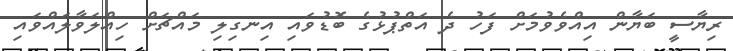
ރިޔާސީ ބަޔާން އިއްވެވުމަށް ފަހު ދެ އަތްޕުޅުގެ ބޮޑުވައި އިނގިލި މައްޗަށް ހިއްލަވާލައްވައި